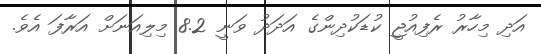
އަދި މިހާރު ރެފިއުޖީ ކުޑަކުދިންގެ އަދަދު ވަނީ 8.2 މިލިއަނަށް އަރާފަ އެވެ.